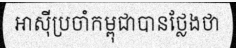
អាស៊ីប្រចាំកម្ពុជាបានថ្លែងថា